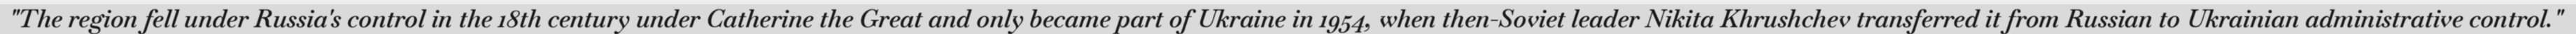
"The region fell under Russia's control in the 18th century under Catherine the Great and only became part of Ukraine in 1954, when then-Soviet leader Nikita Khrushchev transferred it from Russian to Ukrainian administrative control."